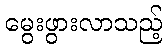
မွေးဖွားလာသည့်